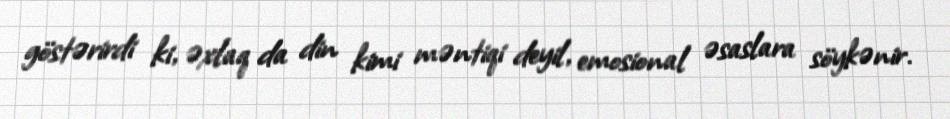
göstərirdi ki, əxlaq da din kimi məntiqi deyil, emosional əsaslara söykənir.